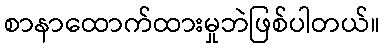
စာနာထောက်ထားမှုဘဲဖြစ်ပါတယ်။